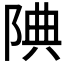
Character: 𨹻